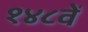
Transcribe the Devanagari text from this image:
१४८वें